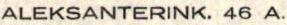
ALEKSANTERINK. 46 A.